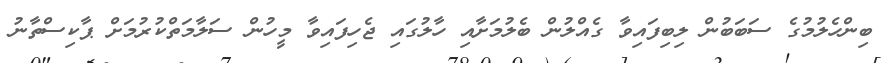
ބިންހެލުމުގެ ސަބަބުން ލިބިފައިވާ ގެއްލުން ބެލުމަށާއި ހާލުގައި ޖެހިފައިވާ މީހުން ސަލާމަތްކުރުމަށް ޕާކިސްތާނު